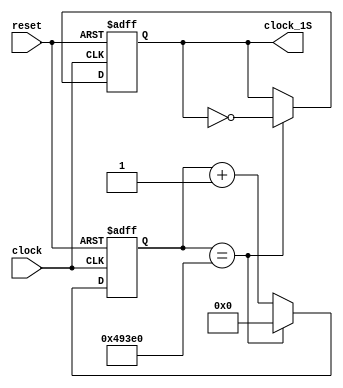
`timescale 1ns / 1ps
//////////////////////////////////////////////////////////////////////////////////
// Company: 
// Engineer: 
// 
// Design Name: 
// Module Name:    Clock_Divisor_VGA 
// Project Name: 
// Target Devices: 
// Tool versions: 
// Description: 
//
// Dependencies: 
//
// Revision: 
// Revision 0.01 - File Created
// Additional Comments: 
//
//////////////////////////////////////////////////////////////////////////////////
module Clock_Divisor_VGA(
	clock,
	reset,
	clock_1S
 );
 
//Input Ports
input clock;
input reset;

//Output Ports
output clock_1S;

//Input Data Type
wire clock;
wire reset;


//Output Data Type
reg clock_1S;

//Others
reg [18:0] counter_50M = 0;


//-----------------CODE ----------------

parameter  count_50M = 300000;

//DIVISOR DE RELOJ

always @(posedge clock or posedge reset)

	begin
		if(reset)
			begin
				counter_50M <= 1'b0;
				clock_1S <= 1'b1;
			end
		else
			if(counter_50M == count_50M)
				begin
					counter_50M <= 1'b0;
					clock_1S <= !clock_1S;
				end
			else
				counter_50M <= counter_50M + 1'b1;
	end
			

endmodule